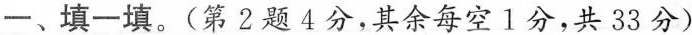
一、填一填。(第2题4分，其余每空1分，共33分)